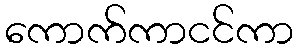
ကောက်ကာငင်ကာ